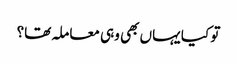
تو کیا یہاں بھی وہی معاملہ تھا؟